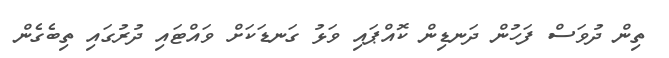
ތިން ދުވަސް ފަހުން ދަނޑިން ކޮއްޕައި ވަޅު ގަނޑަކަށް ވައްޓައި ދުރުގައި ތިބެގެން